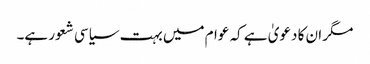
مگر ان کا دعویٰ ہے کہ عوام میں بہت سیاسی شعور ہے۔